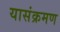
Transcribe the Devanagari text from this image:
यासंक्रमण